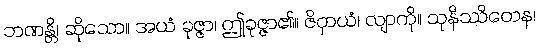
ဘဏန္တိ၊ ဆိုသော။ အယံ ခုဇ္ဇာ၊ ဤခုဇ္ဇာ၏။ ဇိဝှာယံ၊ လျာကို။ သုနိဿိတေန၊